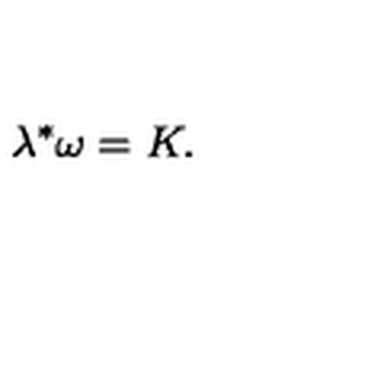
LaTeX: \lambda ^ { \ast } \omega = K .